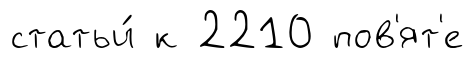
статьи́ к 2210 пов'ят'е